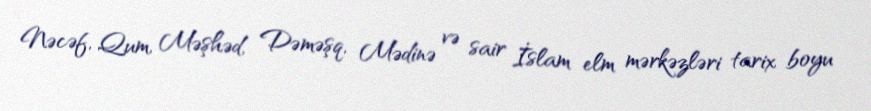
Nəcəf, Qum, Məşhəd, Dəməşq, Mədinə və sair İslam elm mərkəzləri tarix boyu